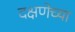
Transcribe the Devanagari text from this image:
दक्षणेच्या